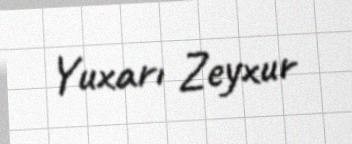
Yuxarı Zeyxur